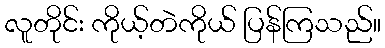
လူတိုင်း ကိုယ့်တဲကိုယ် ပြန်ကြသည်။